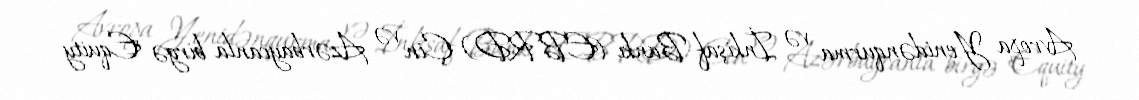
Avropa Yenidənqurma və İnkişaf Bankı (EBRD) Çin və Azərbaycanla birgə "Equity